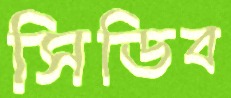
সিডিব